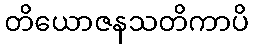
တိယောဇနသတိကာပိ